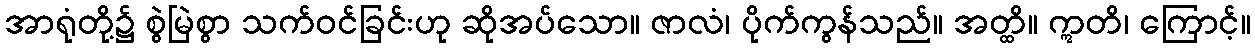
အာရုံတို့၌ စွဲမြဲစွာ သက်ဝင်ခြင်းဟု ဆိုအပ်သော။ ဇာလံ၊ ပိုက်ကွန်သည်။ အတ္ထိ။ ဣတိ၊ ကြောင့်။